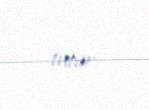
tutur.